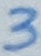
Text: 3